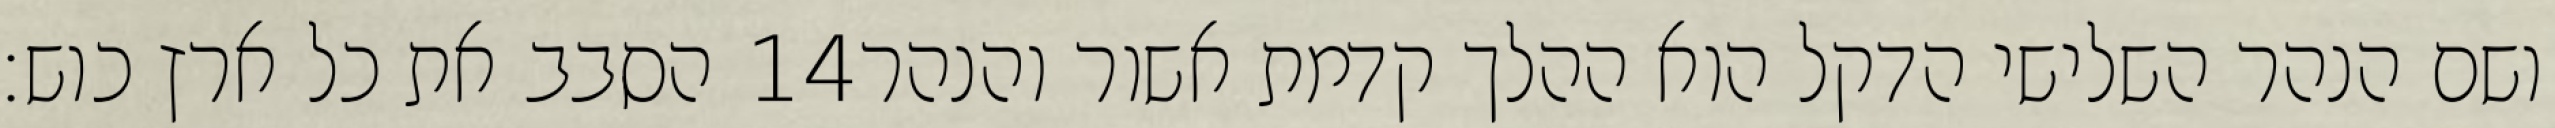
הסבב את כל ארץ כוש׃ ‎14‏ ושם הנהר השלישי הדקל הוא ההלך קדמת אשור והנהר